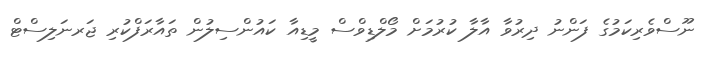
ނޫސްވެރިކަމުގެ ފަންނު ދިރުވާ އާލާ ކުރުމަށް މޯލްޑިވްސް މީޑިއާ ކައުންސިލުން ތައާރަފްކުރި ޖަރނަލިސްޓް